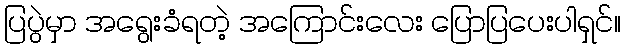
ပြပွဲမှာ အရွေးခံရတဲ့ အကြောင်းလေး ပြောပြပေးပါရှင်။